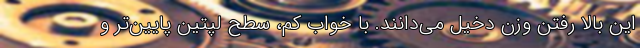
این بالا رفتن وزن دخیل می‌دانند. با خواب کم، سطح لپتین پایین‌تر و